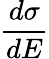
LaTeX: \frac{d\sigma}{dE}